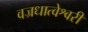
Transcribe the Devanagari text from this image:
वज्रधात्वेश्वरी